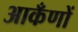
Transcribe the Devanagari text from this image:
आकँणों